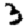
Digit: 3